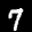
Label: 7